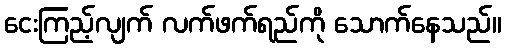
ငေးကြည့်လျက် လက်ဖက်ရည်ကို သောက်နေသည်။